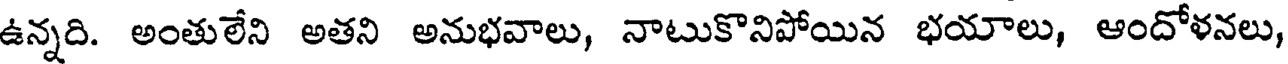
ఉన్నది. అంతులేని అతని అనుభవాలు, నాటుకొనిపోయిన భయాలు, ఆందోళనలు,